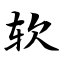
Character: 软